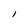
Character: l